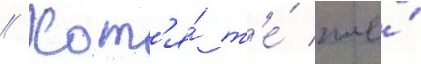
// Хот'я́ т'е́ же́